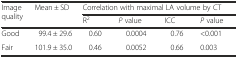
<table><thead><tr><td rowspan="2"><b>Image quality</b></td><td rowspan="2"><b>Mean ± SD</b></td><td colspan="4"><b>Correlation with maximal LA volume by CT</b></td></tr><tr><td><b>R<sup>2</sup></b></td><td><b><i>P</i> value</b></td><td><b>ICC</b></td><td><b><i>P</i> value</b></td></tr></thead><tbody><tr><td>Good</td><td>99.4 ± 29.6</td><td>0.60</td><td>0.0004</td><td>0.76</td><td>&lt;0.001</td></tr><tr><td>Fair</td><td>101.9 ± 35.0</td><td>0.46</td><td>0.0052</td><td>0.66</td><td>0.003</td></tr></tbody></table>